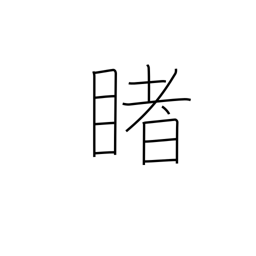
Meaning: look at